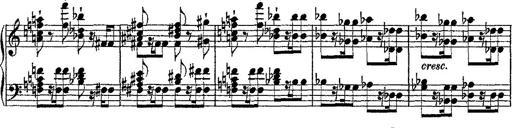
Title: Fantaisie romantique sur deux mÃ©lodies suisses
Composer: Franz Liszt